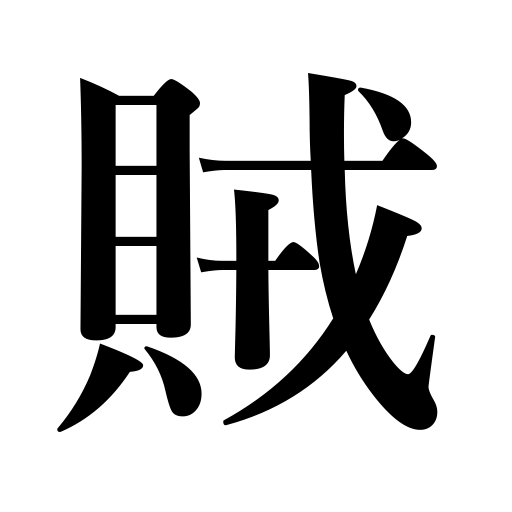
Meanings: robber,rebel,traitor